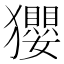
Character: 𤣎